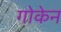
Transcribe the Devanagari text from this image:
गोकेन